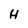
Character: H